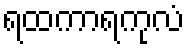
ရထကာရကုလံ